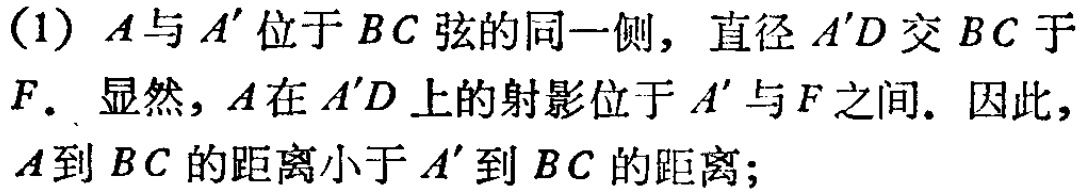
(1) \(A\)与\(A'\)位于\(BC\)弦的同一侧，直径\(A'D\)交\(BC\)于\(F\). 显然，\(A\)在\(A'D\)上的射影位于\(A'\)与\(F\)之间. 因此，\(A\)到\(BC\)的距离小于\(A'\)到\(BC\)的距离；